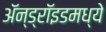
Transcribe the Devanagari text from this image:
ॲन्ड्रॉइडमध्ये